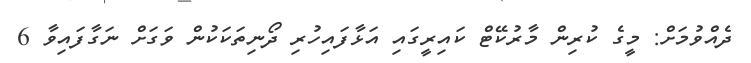
ދެއްވުމަށް: މީގެ ކުރިން މާރުކޭޓް ކައިރީގައި އަޅާފައިހުރި ދޯނިތަކަކުން ވަގަށް ނަގާފައިވާ 6